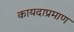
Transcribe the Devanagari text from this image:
कायदाप्रमाण